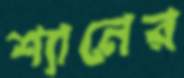
শ্যানের